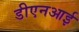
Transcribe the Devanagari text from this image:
डीएनआई